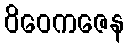
ဝိဝေကဇေန